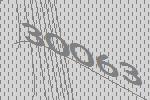
30063